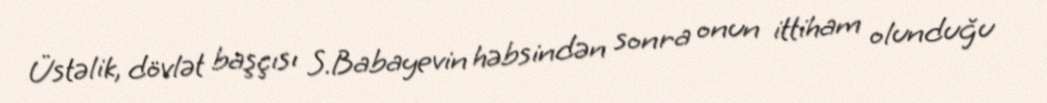
Üstəlik, dövlət başçısı S.Babayevin həbsindən sonra onun ittiham olunduğu